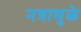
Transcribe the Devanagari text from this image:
नत्रामुळे